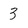
Character: 3